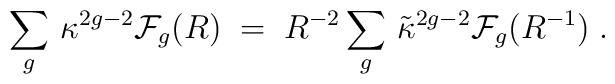
\sum_{g}\, \kappa^{2g-2}{\cal F}_{g}(R) \;=\;R^{-2}\sum_{g}\, \tilde{\kappa}^{2g-2}{\cal F}_{g}(R^{-1}) \; .